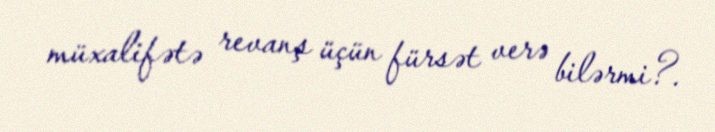
müxalifətə revanş üçün fürsət verə bilərmi?.